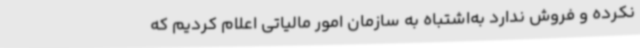
نکرده و فروش ندارد به‌اشتباه به سازمان امور مالیاتی اعلام کردیم که